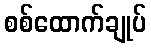
စစ်ထောက်ချုပ်